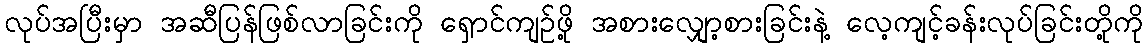
လုပ်အပြီးမှာ အဆီပြန်ဖြစ်လာခြင်းကို ရှောင်ကျဉ်ဖို့ အစားလျှော့စားခြင်းနဲ့ လေ့ကျင့်ခန်းလုပ်ခြင်းတို့ကို